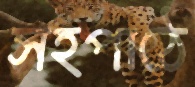
সহপাঠে